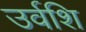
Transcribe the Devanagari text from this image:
उर्वशि